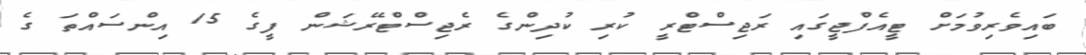
ބައިވެރިވުމަށް ޓީއެފްޖީގައި ރަޖިސްޓްރީ ކުރި ކުދިންގެ ރެޖިސްޓްރޭޝަން ފީގެ 15 އިންސައްތަ ގެ